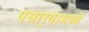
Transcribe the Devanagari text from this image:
पसार्‍यामध्ये